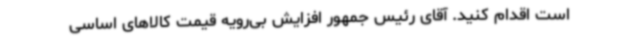
است اقدام کنید. آقای رئیس جمهور افزایش بی‌رویه قیمت کالاهای اساسی